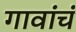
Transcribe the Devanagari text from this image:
गावांचं